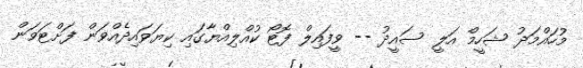
މުހައްމަދު ޝަހީމް އަލީ ސައީދު -- ވީފައިލް ފޮޓޯ ކުއްލިއްޔާގައި ކިޔަވައިދެއްވަން ފަށްޓަވަން